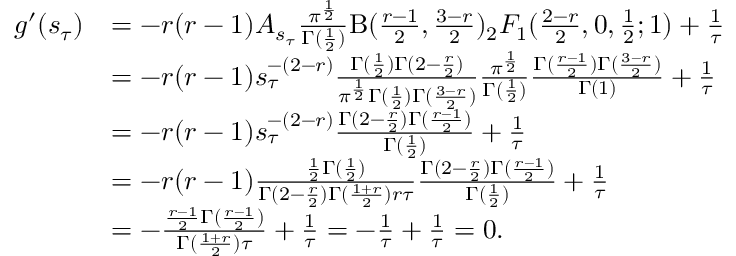
\begin{array} { r l } { g ^ { \prime } ( s _ { \tau } ) } & { = - r ( r - 1 ) A _ { s _ { \tau } } \frac { \pi ^ { \frac { 1 } { 2 } } } { \Gamma ( \frac 1 2 ) } \mathrm { B } ( \frac { r - 1 } { 2 } , \frac { 3 - r } { 2 } ) { _ 2 F _ { 1 } } ( \frac { 2 - r } { 2 } , 0 , \frac 1 2 ; 1 ) + \frac 1 \tau } \\ & { = - r ( r - 1 ) s _ { \tau } ^ { - ( 2 - r ) } \frac { \Gamma ( \frac 1 2 ) \Gamma ( 2 - \frac { r } { 2 } ) } { \pi ^ { \frac { 1 } { 2 } } \Gamma ( \frac 1 2 ) \Gamma ( \frac { 3 - r } { 2 } ) } \frac { \pi ^ { \frac { 1 } { 2 } } } { \Gamma ( \frac 1 2 ) } \frac { \Gamma ( \frac { r - 1 } { 2 } ) \Gamma ( \frac { 3 - r } { 2 } ) } { \Gamma ( 1 ) } + \frac 1 \tau } \\ & { = - r ( r - 1 ) s _ { \tau } ^ { - ( 2 - r ) } \frac { \Gamma ( 2 - \frac { r } { 2 } ) \Gamma ( \frac { r - 1 } { 2 } ) } { \Gamma ( \frac 1 2 ) } + \frac 1 \tau } \\ & { = - r ( r - 1 ) \frac { \frac { 1 } { 2 } \Gamma ( \frac 1 2 ) } { \Gamma ( 2 - \frac { r } { 2 } ) \Gamma ( \frac { 1 + r } { 2 } ) r \tau } \frac { \Gamma ( 2 - \frac { r } { 2 } ) \Gamma ( \frac { r - 1 } { 2 } ) } { \Gamma ( \frac 1 2 ) } + \frac 1 \tau } \\ & { = - \frac { \frac { r - 1 } { 2 } \Gamma ( \frac { r - 1 } { 2 } ) } { \Gamma ( \frac { 1 + r } { 2 } ) \tau } + \frac 1 \tau = - \frac { 1 } { \tau } + \frac 1 \tau = 0 . } \end{array}